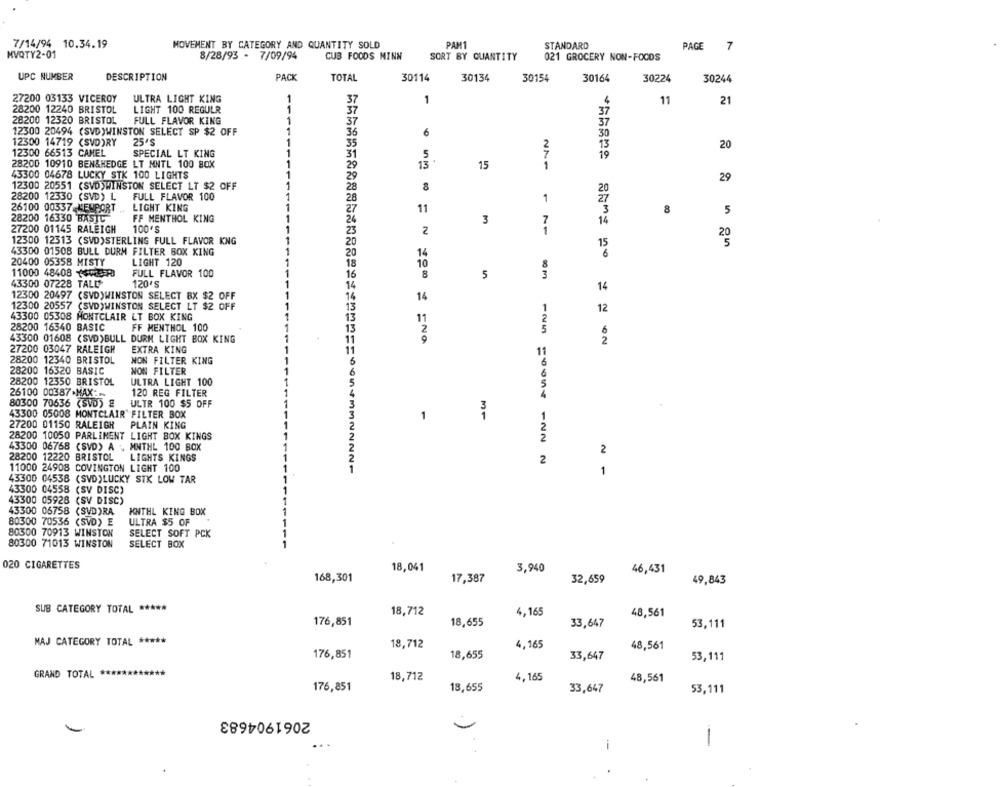
7/14/94 10.34.19
MOVEMENT BY CATEGORY AND QUANTITY SOLD
PAM1
STANDARD
PAGE
7
HVQTY2-01
8/28/93 - 7/09/94
CUB FOODS MINN
SORT BY QUANTITY
021 GROCERY NON-FOCOS
UPC NUMBER
DESCRIPTION
PACK
TOTAL
30114
30134
30154
30164
30224
30244
27200 03133 VICEROY
ULTRA LIGHT KING
37
1
11
21
28200 12240 BRISTOL
LIGHT 100 REGULR
1
37
28200 12320 BRISTOL
37
FULL FLAVOR KING
1
37
37
12300 20494 (SVD)WINSTON SELECT SP $2 OFF
1
36
6
30
12300 14719 (SVD)RY
25'S
1
13
35
20
12300 66513 CAMEL
SPECIAL LT KING
1
31
5
19
28200 10910 BEN&HEDGE LT MNTL 100 BOX
29
13
15
43300 04678 LUCKY STK 100 LIGHTS
29
12300 20551 (SVD)WINSTON SELECT LT $2 OFF
28
20
28200 12330 (SVD) L
FULL FLAVOR 100
28
27
1
26100 00337 MENPORT
LIGHT KING
11
3
8
5
28200 16330 BASIC
FF MENTHOL KING
3
14
27200 01145 RALEIGH
100'S
23
2
12300 12313 (SVD)STERLING FULL FLAVOR KNG
20
15
43300 01508 BULL DURM FILTER BOX XING
20
14
6
LIGHT 120
20400 05358 MISTY
18
10
11000 48408 ++457
FULL FLAVOR 100
16
5
3
43300 07228 TALL
120'S
14
14
12300 20497 (SVD)WINSTON SELECT BX $2 OFF
1
14
14
12300 20557 (SVD)WINSTON SELECT LT $2 OFF
13
12
43300 05308 MONTCLAIR LT BOX KING
13
11
28200 16340 BASIC
FF MENTHOL 100
13
2
6
43300 01608 (SVD)BULL DURM LIGHT BOX KING
11
9
2
27200 03047 RALEIGH
EXTRA KING
11
11
28200 12340 BRISTOL
NON FILTER KING
6
28200 16320 BASIC
NON FILTER
-
6
28200 12350 BRISTOL
ULTRA LIGHT 100
26100 00387.MAX :-
120 REG FILTER
80300 70636 (SVD) &
ULTR 100 $5 OFF
43300 05008 MONTCLAIR' FILTER BOX
1
27200 01150 RALEIGH
PLAIN KING
11=
28200 10050 PARLIMENT LIGHT BOX KINGS
43300 06768 (SVD) A . MNTHL 100 BOX
2
28200 12220 BRISTOL
LIGHTS KINGS
2
11000 24908 COVINGTON LIGHT 100
1
1
43300 04538 (SVD)LUCKY STK LOW TAR
43300 04558 (SV DISC)
43300 05928 (SV DISC)
43300 06758 (SVD)RA
KNTHL KING BOX
80300 70536 (SVD) E
ULTRA $5 OF
80300 70913 WINSTON
SELECT SOFT PCK
80300 71013 WINSTON
SELECT BOX
020 CIGARETTES
18,041
3,940
46,431
168,301
17,387
32,659
49,843
SUB CATEGORY TOTAL *****
18,712
4,165
48,561
176,851
53,111
18,655
33,647
MAJ CATEGORY TOTAL *****
18,712
4,165
48,561
176,851
18,655
33,647
53,111
GRAND TOTAL
18,712
4,165
48,561
176,851
18,655
33,647
53,111
2061904683
-
i